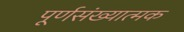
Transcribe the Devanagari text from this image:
पूर्णसंख्यात्मक